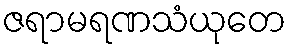
ဇရာမရဏသံယုတေ